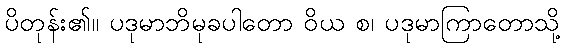
ပိတုန်း၏။ ပဒုမာဘိမုခပါတော ဝိယ စ၊ ပဒုမာကြာတောသို့